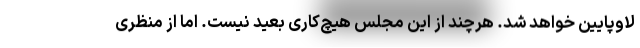
لاوپایین خواهد شد. هرچند از این مجلس هیچ‌کاری بعید نیست. اما از منظری